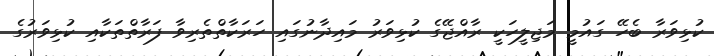
ކުޅިވަރާ ބެހޭ ގައުމީ މަޖިލީހަކީ ރާއްޖޭގެ ކުޅިވަރު މައިދާނުގައި ހަރަކާތްތެރިވާ ފަރާތްތަކާއި ކުޅިވަރުގެ